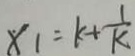
x _ { 1 } = k + \frac { 1 } { k }